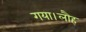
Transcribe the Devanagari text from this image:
गया।लौह